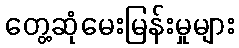
တွေ့ဆုံမေးမြန်းမှုများ